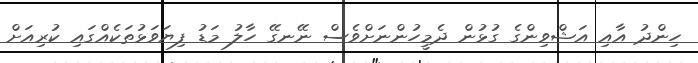
ހިންދު އާއި އަޝްވިންގެ ގުޅުން ދެމީހުންނަށްވެސް ނޭނގޭ ހާލު މަޑު ފިޔަވަޅުތަކެއްގައި ކުރިއަށް